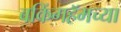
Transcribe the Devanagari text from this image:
बकिंगहॅमच्या